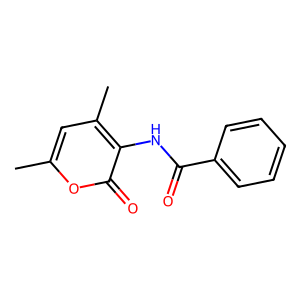
SMILES: Cc1cc(C)c(NC(=O)c2ccccc2)c(=O)o1
Inhibits HIV replication: No